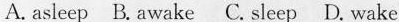
A.asleep B.Awake C.Sleep D.Wake